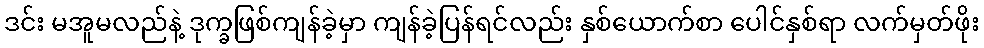
ဒင်း မအူမလည်နဲ့ ဒုက္ခဖြစ်ကျန်ခဲ့မှာ ကျန်ခဲ့ပြန်ရင်လည်း နှစ်ယောက်စာ ပေါင်နှစ်ရာ လက်မှတ်ဖိုး